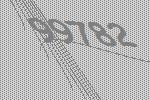
99782